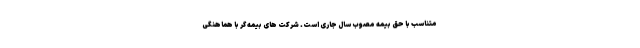
متناسب با حق بیمه مصوب سال جاری است. شرکت های بیمه گر با هماهنگی‌